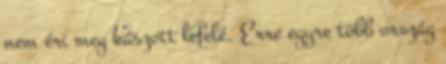
nem éri meg kúszott lefelé. Erre egyre több ország